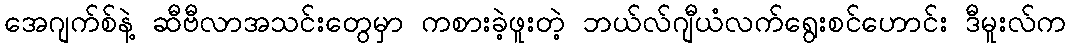
အေဂျက်စ်နဲ့ ဆီဗီလာအသင်းတွေမှာ ကစားခဲ့ဖူးတဲ့ ဘယ်လ်ဂျီယံလက်ရွေးစင်ဟောင်း ဒီမူးလ်က